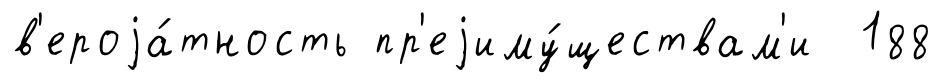
в'ероjа́тность пр'еjиму́ществам'и 188